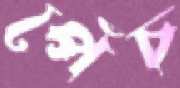
পেঁচ